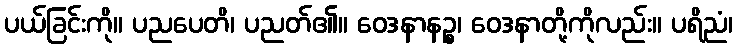
ပယ်ခြင်းကို။ ပညပေတိ၊ ပညတ်၏။ ဝေဒနာနဉ္စ၊ ဝေဒနာတို့ကိုလည်း။ ပရိညံ၊